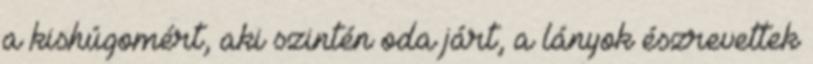
a kishúgomért, aki szintén oda járt, a lányok észrevettek